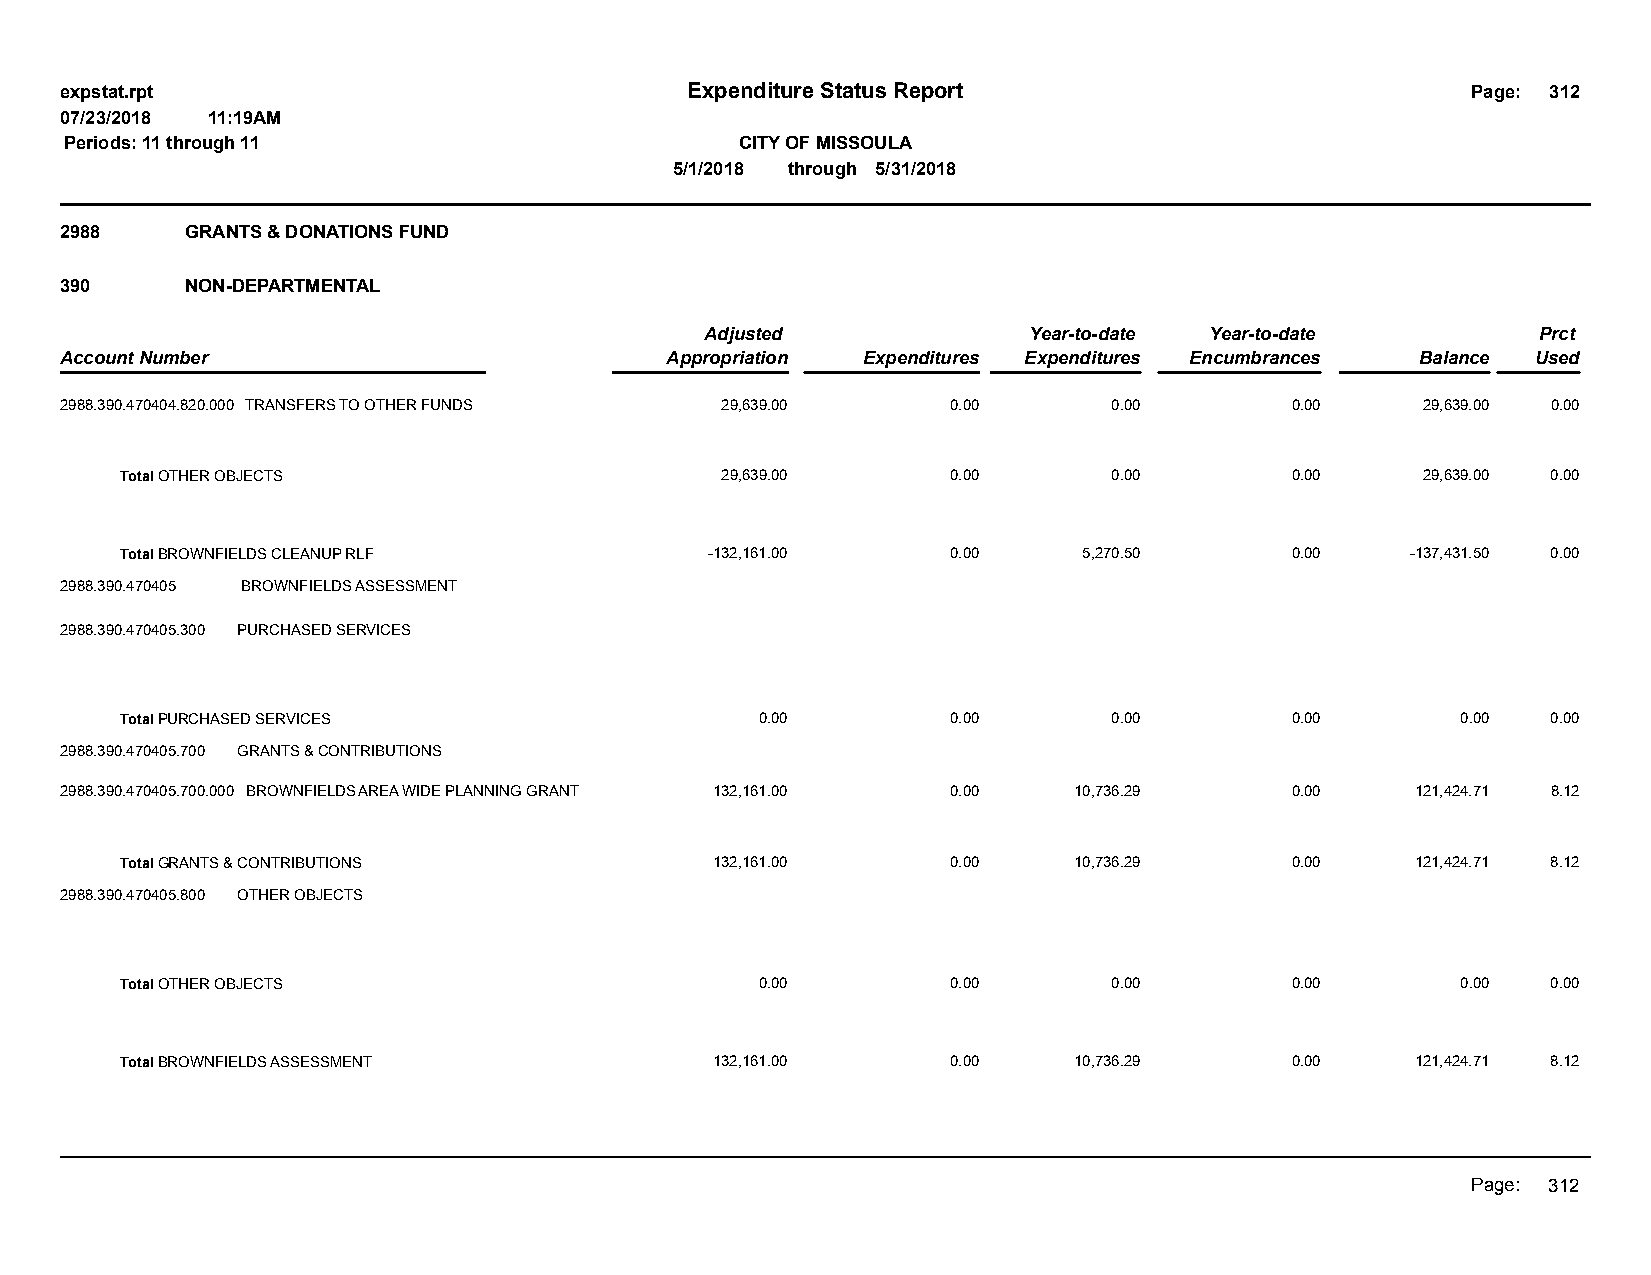
expstat.rpt                              Expenditure Status Report                           Page: 312
 07/23/2018 11:19AM
 Periods: 11 through 11                       CITY OF MISSOULA
 5/1/2018 through 5/31/2018
 2988    GRANTS & DONATIONS FUND
 390     NON-DEPARTMENTAL
 Adjusted             Year-to-date Year-to-date         Prct
 Account Number                          Appropriation Expenditures Expenditures Encumbrances Balance Used
 2988.390.470404.820.000 TRANSFERS TO OTHER FUNDS 29,639.00 0.00       0.00       0.00     29,639.00 0.00
 Total OTHER OBJECTS                     29,639.00      0.00       0.00       0.00     29,639.00 0.00
 Total BROWNFIELDS CLEANUP RLF          -132,161.00     0.00     5,270.50     0.00    -137,431.50 0.00
 2988.390.470405 BROWNFIELDS ASSESSMENT
 2988.390.470405.300 PURCHASED SERVICES
 Total PURCHASED SERVICES                  0.00         0.00       0.00       0.00        0.00  0.00
 2988.390.470405.700 GRANTS & CONTRIBUTIONS
 2988.390.470405.700.000 BROWNFIELDS AREA WIDE PLANNING GRANT 132,161.00 0.00 10,736.29 0.00 121,424.71 8.12
 Total GRANTS & CONTRIBUTIONS           132,161.00      0.00    10,736.29     0.00     121,424.71 8.12
 2988.390.470405.800 OTHER OBJECTS
 Total OTHER OBJECTS                       0.00         0.00       0.00       0.00        0.00  0.00
 Total BROWNFIELDS ASSESSMENT           132,161.00      0.00    10,736.29     0.00     121,424.71 8.12
 Page: 312